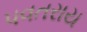
પવતરાય